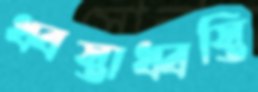
ধ্বস্তাধ্বস্তি